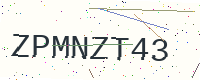
Text: ZPMNZT43